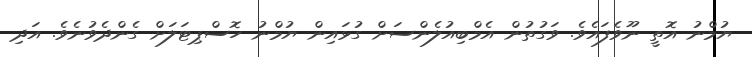
ޔުމްނު އޮތީ ނޫވެފައެވެ. ވަގުތުން އެމްބިއުލެންސަށް ގުޅައިން ޔުމްނު ހޮސްޕިޓަލަށް ގެންދެވުނެވެ. އަދި